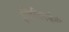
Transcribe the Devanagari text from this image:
इंजिनियर्सनी